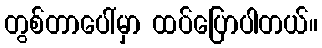
တွစ်တာပေါ်မှာ ထပ်ပြောပါတယ်။